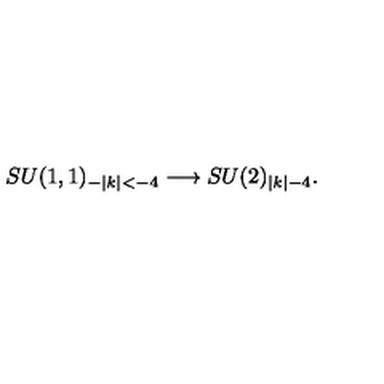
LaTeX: S U ( 1 , 1 ) _ { - | k | < - 4 } \longrightarrow S U ( 2 ) _ { | k | - 4 } .